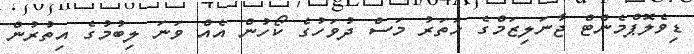
ޑިވެލޮޕްމެންޓް ޖާނަލިޒަމްގެ ހަތަރު މަސް ދުވަހުގެ ކޯހުން އެއް ވަނަ ލިބުމުގެ އިތުރުން